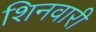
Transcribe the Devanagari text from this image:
शिनवारी